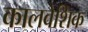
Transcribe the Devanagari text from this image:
कालवेशिक